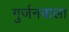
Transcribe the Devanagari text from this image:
गुर्जनवाला